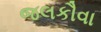
જલકૌવા